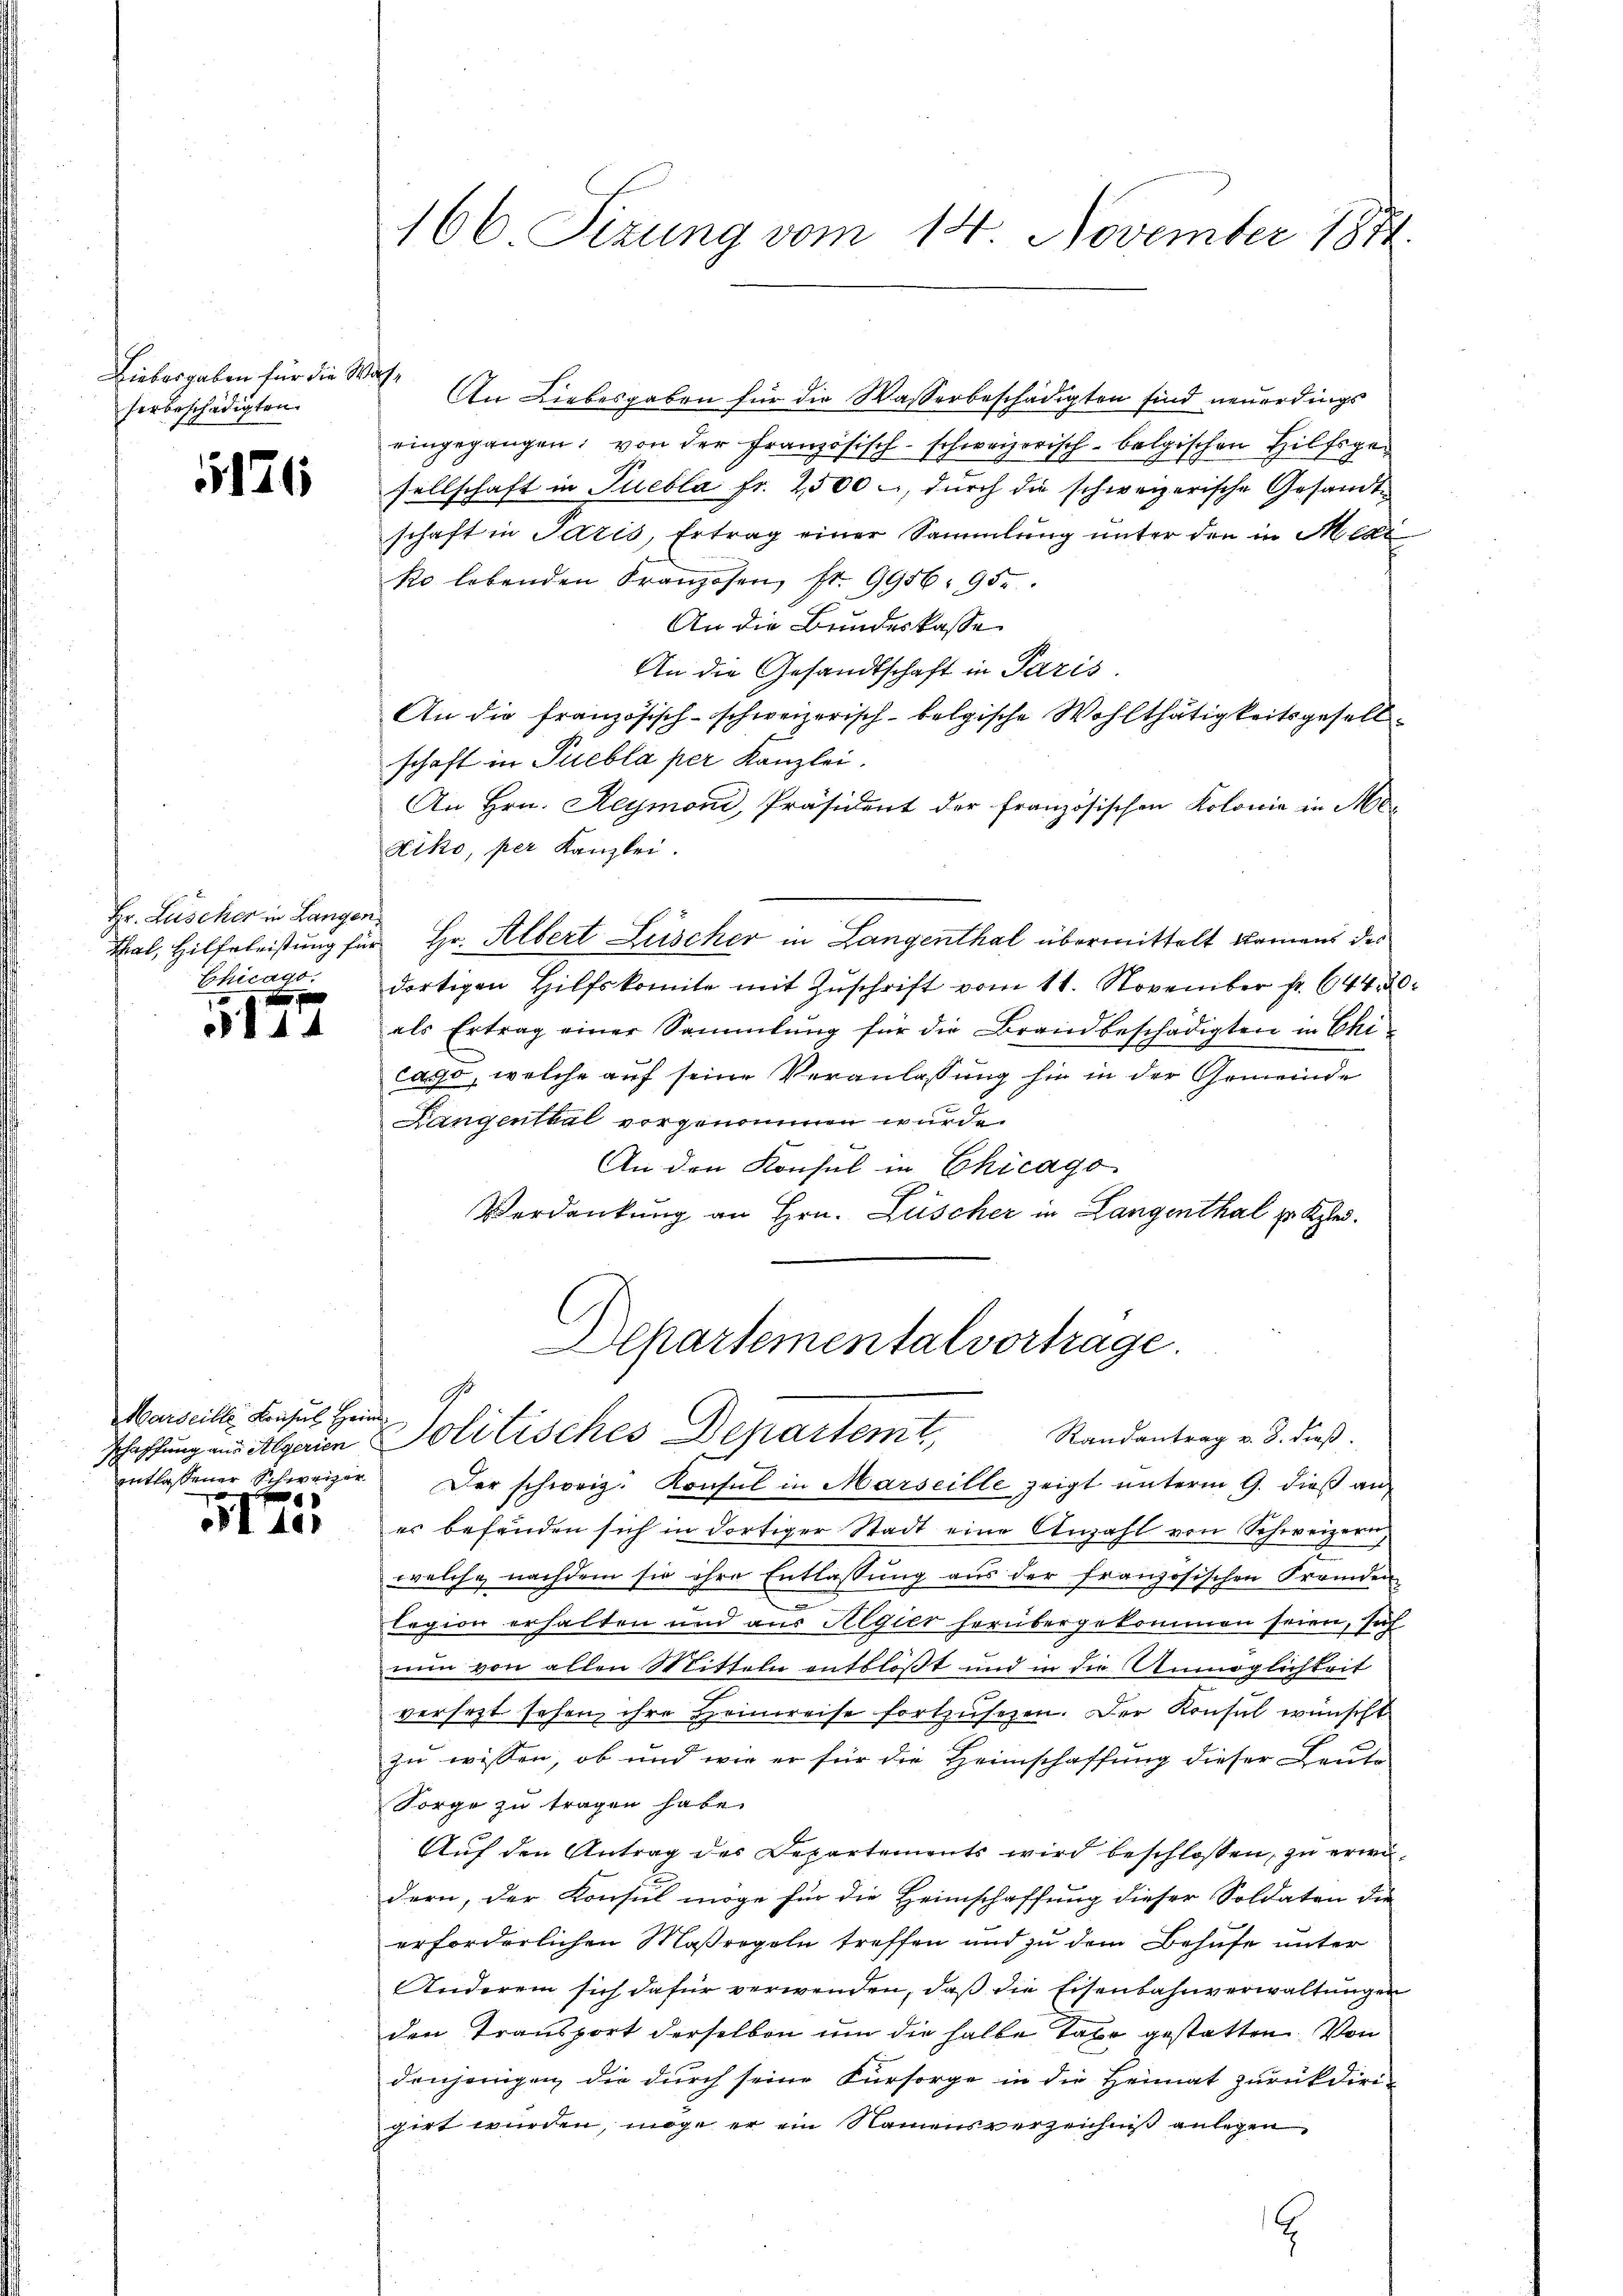
Liebesgaben für die Wahherbeschädigten.

176

Hr. Lüscher in Langen,
Chicago.

144

Marseille Konsul Hein
en
e

I tes

166 Sizung vom 14. November 1844.

An Liebesgaben für die Wasserbeschädigten sind neuerdings
eingegangen; von der Französisch-schweizerisch-belgischen Hilfsgesellschaft in Puebla fr. 2500 –, durch die schweizerische Gesandtschaft in Paris, Ertrag einer Sammlung unter den in Medi
ko lebenden Franzosen, fr. 9956. 95.
An die Bundeskasse
An die Gesandtschaft in Paris
An die französisch-schweizerisch-belgische Wohlthätigkeitsgesellschaft in Puebla per Kanzlei.
An Hrn. Reymond, Präsident der französischen Kolonie in Ma¬
Kiko, per Kanzlei.
Thal, Hilfeleistung für Hr. Albert Lüscher in Langenthal übermittelt kamens des
dortigen Hilfskomite mit Zuschrift vom 11. November fr. 644. 20
als Ertrag einer Sammlung für die Brandbeschädigten in Chi
caso, welche auf seine Veranlassung hin in der Gemeinde
Langenthal vorgenomen wurde.
An den Konsul in Chicago
Verdankung an Hrn. Lüscher in Langenthal zu Klei¬
Schartementalvortrage.
9.
schaffung an Algien Politisches Departemt, Randantrag v. 3. dieß.
entlassener Schweizer. Der schweiz. Konsul in Marseille zeigt ŭnterm 9. dieß an
es befänden sich in dortiger Stadt eine Anzahl von Schweizern
welche nachdem sie ihre Entlassung aus der Französischen Fremden
legion erhalten und aus Algier herübergekommen seien, sich
nun von allen Mitteln entblößt und in die Unmöglichkeit
versetzt sehen ihre Heimreise fortzusetzen. Der Konsul wünscht
zu wissen, ob und wie er für die Heimschaffung dieser Leute
Sorge zu tragen habe.
Auf den Antrag des Departements wird beschlossen, zu erwädern, der Konsul möge für die Heimschaffung dieser Soldaten die
erforderlichen Maßregeln treffen und zu dem Behufe unter
Anderem sich dafür verwenden, daß die Eisenbahnverwaltungen
den Transport derselben um die halbe Taxe gestatten. Von
denjenigen die durch seine Fürsorge in die Heimat zurückdiri-
girt würden, möge er ein Namensverzeichnis anlegen